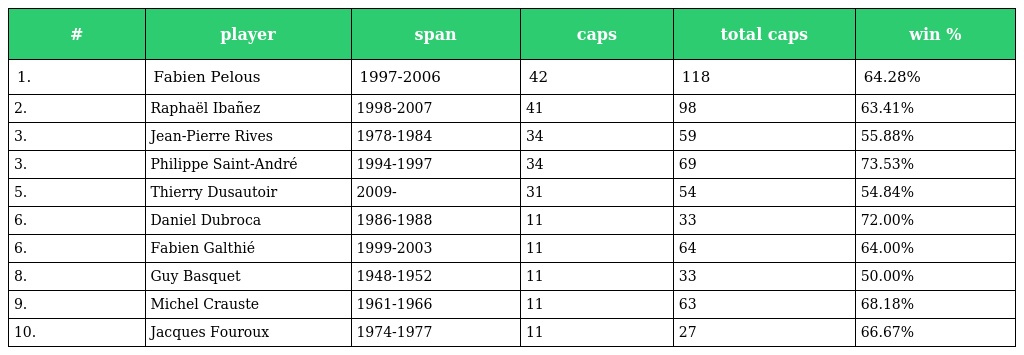
| # | player | span | caps | total caps | win % |
 | --- | --- | --- | --- | --- | --- |
 | 1. | Fabien Pelous | 1997-2006 | 42 | 118 | 64.28% |
 | 2. | Raphaël Ibañez | 1998-2007 | 41 | 98 | 63.41% |
 | 3. | Jean-Pierre Rives | 1978-1984 | 34 | 59 | 55.88% |
 | 3. | Philippe Saint-André | 1994-1997 | 34 | 69 | 73.53% |
 | 5. | Thierry Dusautoir | 2009- | 31 | 54 | 54.84% |
 | 6. | Daniel Dubroca | 1986-1988 | 11 | 33 | 72.00% |
 | 6. | Fabien Galthié | 1999-2003 | 11 | 64 | 64.00% |
 | 8. | Guy Basquet | 1948-1952 | 11 | 33 | 50.00% |
 | 9. | Michel Crauste | 1961-1966 | 11 | 63 | 68.18% |
 | 10. | Jacques Fouroux | 1974-1977 | 11 | 27 | 66.67% |